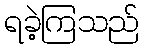
ရခဲ့ကြသည်